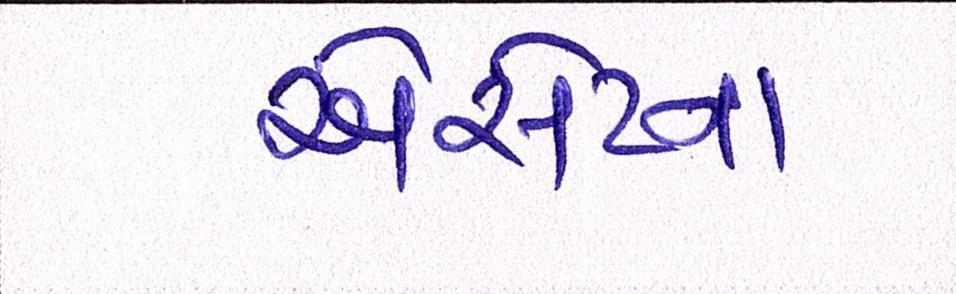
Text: એસેટના